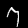
Label: 7